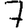
Digit: 7